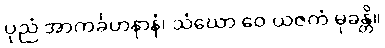
ပုညံ အာကင်္ခဟနာနံ၊ သံဃော ဝေ ယဇကံ မုခန္တိ။